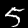
Digit: 5